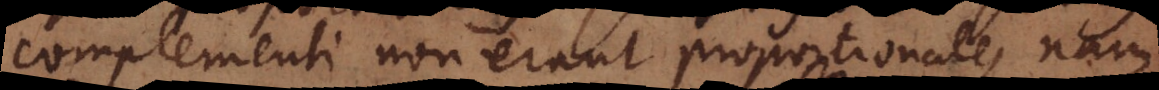
complementi non erant proportionales nam